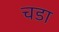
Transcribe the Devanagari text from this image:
चडा